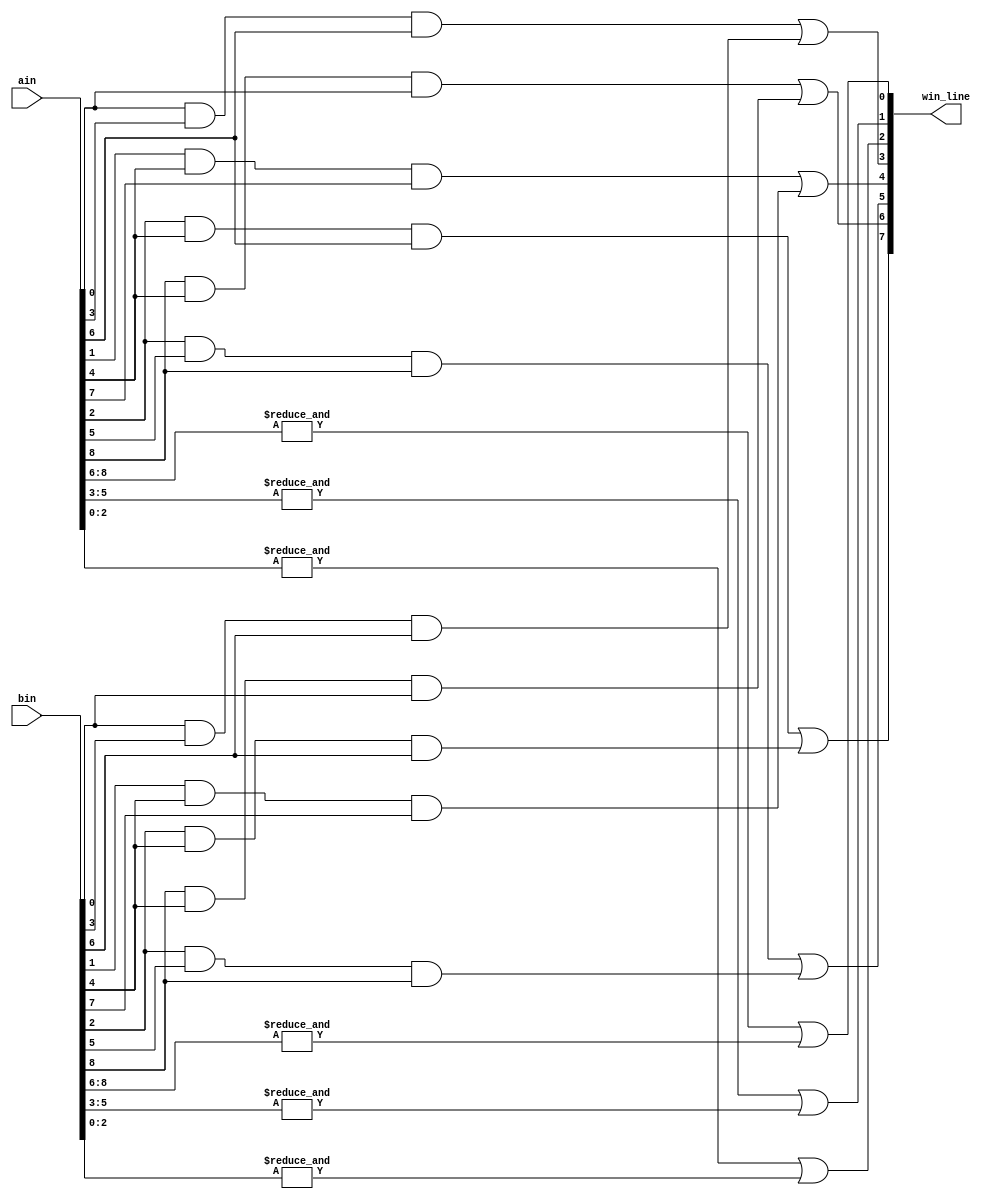
// DetectWinner
// Detects whether either ain or bin has three in a row 
// Inputs:
//   ain, bin - (9-bit) current positions of type a and b
// Out:
//   win_line - (8-bit) if A/B wins, one hot indicates along which row, col or diag
//   win_line(0) = 1 means a win in row 8 7 6 (i.e., either ain or bin has all ones in this row)
//   win_line(1) = 1 means a win in row 5 4 3
//   win_line(2) = 1 means a win in row 2 1 0
//   win_line(3) = 1 means a win in col 8 5 2
//   win_line(4) = 1 means a win in col 7 4 1
//   win_line(5) = 1 means a win in col 6 3 0
//   win_line(6) = 1 means a win along the downward diagonal 8 4 0
//   win_line(7) = 1 means a win along the upward diagonal 2 4 6

module DetectWinner( ain, bin, win_line );
  // CPEN 211 LAB 3, PART 1: your implementation goes here

//Input and output declarations
input [8:0] ain, bin;
output [7:0] win_line;

	/*Using assign statements to show the line in which either player a or b has won in by having 3 ina row
	  Logic: if all three values in a line are 1's that would be a win. If we bitwise-AND all 
	  these values togetether, expected output is a 1. Because one player can win at any given time, 
	  the values for ain and bin can be OR'd in order to be able to select one winner(x or o, a or b)
	  and assign a one-bit value to each space in win_line. If no player has won along a given line, the ANDed 
	  value will be 0 and win_line at that space will also be 0.
	*/
	assign win_line[0] = &ain[8:6] | &bin[8:6];
	assign win_line[1] = &ain[5:3] | &bin[5:3];
	assign win_line[2] = &ain[2:0] | &bin[2:0];
	assign win_line[3] = ain[0] & ain[3] & ain [6] | bin[0] & bin[3] & bin[6];
	assign win_line[4] = ain[1] & ain[4] & ain [7] | bin[1] & bin[4] & bin[7];
	assign win_line[5] = ain[2] & ain[5] & ain [8] | bin[2] & bin[5] & bin[8];
	assign win_line[6] = ain[8] & ain[4] & ain [0] | bin[8] & bin[4] & bin[0];
	assign win_line[7] = ain[2] & ain[4] & ain [6] | bin[2] & bin[4] & bin[6];
 
	
endmodule

/*
Testbench module to detect multiple cases of ain winning, bin winning, and draws between both
*/
module detectwinner_tb();

	/*Paramaters are simulation values given to ain and bin by testbench in order to test wins and draws
	along with sim_win_line which predicts which line the win has occured by placing a 1 on that lines 
	given spot or draw(all 0's)
	*/
	reg [8:0] sim_a;
	reg [8:0] sim_b;
	wire [7:0] sim_win_line;
	
	/*
	passes simulation variables of device under testing (DUT) to DetectWinner
	*/
	DetectWinner dut( 
	   .ain(sim_a),
	   .bin(sim_b),
	   .win_line(sim_win_line));
	  

	//Beginning of simulation
	initial begin
	
	//setting initial values to all 0's (empty board)
	sim_a=9'b000000000;
	sim_b=9'b000000000;

	//wait 6 simulation timetsteps for changes to occur
	#6;

	//test top row [2:0]
	sim_a = 9'b000000111;
	sim_b=9'b000000000;
	
	/*expected(theoretical) output and actual(DetectWinner) output displayed
	If these are equal, code is correct
	repeat for all necessary cases
	*/
	$display("Output is: %b Expected is: %b", sim_win_line, 8'b00000100);
	
	//test mid row [5:3]
	sim_a = 9'b000111000;
	sim_b=9'b000000000;
	#6;

	$display("Output is: %b Expected is: %b", sim_win_line, 8'b00000010);

	//test bot row [8:6]
	sim_a = 9'b111000000;
	sim_b=9'b000000000;
	#6;

	$display("Output is: %b Expected is: %b", sim_win_line, 8'b00000001);

	//test leftc [6] [3] [0]
	sim_a = 9'b001001001;
	sim_b=9'b000000000;
	#6;

	$display("Output is: %b Expected is: %b", sim_win_line, 8'b00100000);

	//test midc [7] [4] [1]
	sim_a = 9'b010010010;
	sim_b=9'b000000000;
	#6;

	$display("Output is: %b Expected is: %b", sim_win_line, 8'b00010000);

	//test rightc [8] [5] [2]
	sim_a = 9'b100100100;
	sim_b=9'b000000000;
	#6;

	$display("Output is: %b Expected is: %b", sim_win_line, 8'b00001000);

	//test updiag [2] [4] [6]
	sim_a = 9'b001010100;
	sim_b=9'b000000000;
	#6;

	$display("Output is: %b Expected is: %b", sim_win_line, 8'b10000000);

	//test dwndiag [8] [4] [0]
	sim_a = 9'b100010001;
	sim_b=9'b000000000;
	#6;

	$display("Output is: %b Expected is: %b", sim_win_line, 8'b01000000);




	//test top row [2:0]
	sim_b= 9'b000000111;
	sim_a= 9'b000000000;
	
	$display("Output is: %b Expected is: %b", sim_win_line, 8'b00000100);
	
	//test mid row [5:3]
	sim_b= 9'b000111000;
	sim_a= 9'b000000000;
	#6;

	$display("Output is: %b Expected is: %b", sim_win_line, 8'b00000010);

	//test bot row [8:6]
	sim_b= 9'b111000000;
	sim_a= 9'b000000000;
	#6;

	$display("Output is: %b Expected is: %b", sim_win_line, 8'b00000001);

	//test leftc [6] [3] [0]
	sim_b= 9'b001001001;
	sim_a= 9'b000000000;
	#6;

	$display("Output is: %b Expected is: %b", sim_win_line, 8'b00100000);

	//test midc [7] [4] [1]
	sim_b= 9'b010010010;
	sim_a= 9'b000000000;
	#6;

	$display("Output is: %b Expected is: %b", sim_win_line, 8'b00010000);

	//test rightc [8] [5] [2]
	sim_b= 9'b100100100;
	sim_a= 9'b000000000;
	#6;

	$display("Output is: %b Expected is: %b", sim_win_line, 8'b00001000);

	//test updiag [2] [4] [6]
	sim_b= 9'b001010100;
	sim_a= 9'b000000000;
	#6;

	$display("Output is: %b Expected is: %b", sim_win_line, 8'b10000000);

	//test dwndiag [8] [4] [0]
	sim_b= 9'b100010001;
	sim_a= 9'b000000000;
	#6;

	$display("Output is: %b Expected is: %b", sim_win_line, 8'b01000000);

	//testing for a scratch(no winners) case 1
        sim_a= 9'b011100101;
	sim_b= 9'b100011010;
	#6;

	$display("Output is: %b. Expected a draw", sim_win_line,);

	//testing for a scratch(no winners) case 2
        sim_a= 9'b110001101;
	sim_b= 9'b001110010;
	#6;

	$display("Output is: %b. Expected a draw", sim_win_line,);

	//testing for a scratch(no winners) case 3
        sim_a= 9'b010110101;
	sim_b= 9'b101001010;
	#6;

	$display("Output is: %b. Expected a draw", sim_win_line,);

	//testing for a scratch(no winners) case 4
        sim_a= 9'b100001110;
	sim_b= 9'b011110001;
	#6;

	$display("Output is: %b. Expected a draw", sim_win_line,);	

	//testing for a scratch(no winners) case 5
        sim_a= 9'b001110010;
	sim_b= 9'b110001101;
	#6;

	$display("Output is: %b. Expected a draw", sim_win_line,);	

	end

endmodule